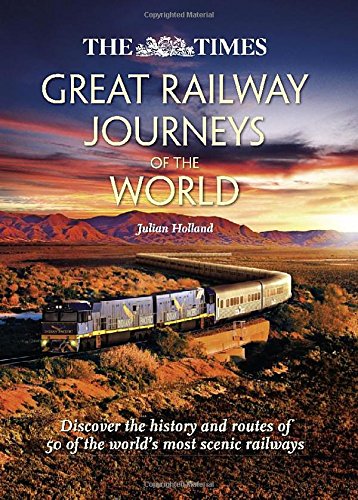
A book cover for The Times Great Railway Journeys of the World: Discover the History, Route and Sites of 50 Famous Railway Lines; Julian Holland; Travel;